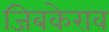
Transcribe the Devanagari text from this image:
जिबकेराव